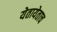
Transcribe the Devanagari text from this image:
येतायेताच